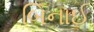
બિનાઈ